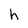
Character: h